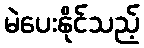
မဲပေးနိုင်သည့်